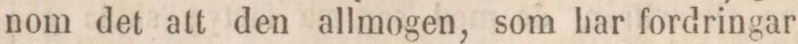
nom det att den allmogen, som har fordringar